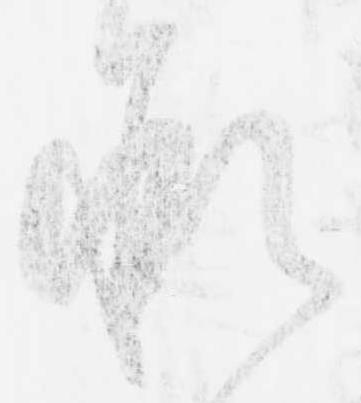
承